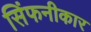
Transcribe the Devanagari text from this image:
सिंफनीकार